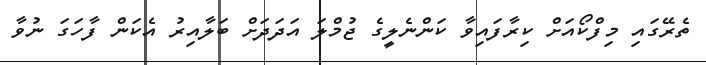
ތެރޭގައި މިފްކޯއަށް ކިރާފައިވާ ކަންނެލީގެ ޖުމްލަ އަދަދަށް ބަލާއިރު އެކަން ފާހަގަ ނުވާ